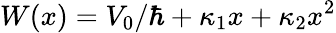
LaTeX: W(x)=V_{0}/\hbar+\kappa_{1}x+\kappa_{2}x^{2}